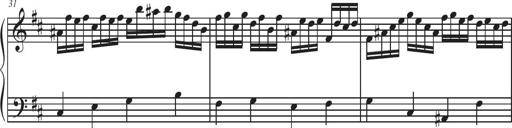
Title: Sonatina Espania
Composer: Jerald Franklin Archer
Key: Various